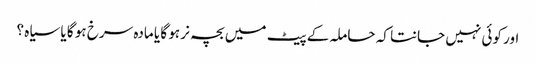
اور کوئی نہیں جانتا کہ حاملہ کے پیٹ میں بچہ نر ہو گا یا مادہ سرخ ہو گا یا سیاہ ؟